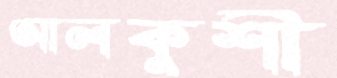
আলকুশী